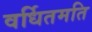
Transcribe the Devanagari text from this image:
वर्धितमति